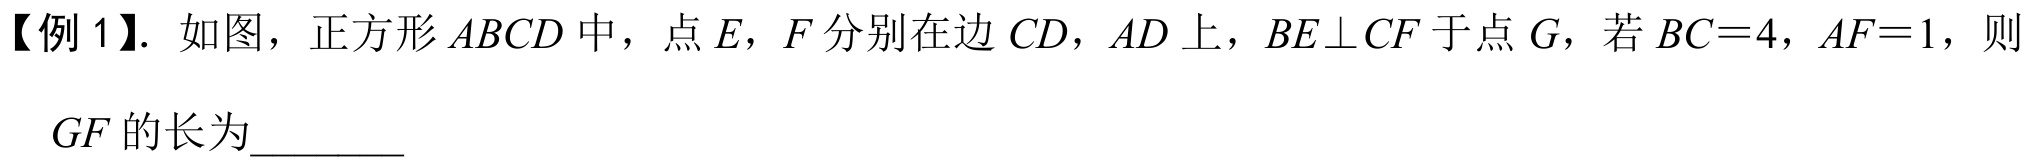
【例 1】. 如图，正方形 \(ABCD\) 中，点 \(E\)，\(F\) 分别在边 \(CD\)，\(AD\) 上，\(BE\perp CF\) 于点 \(G\)，若 \(BC = 4\)，\(AF = 1\)，则 \(GF\) 的长为